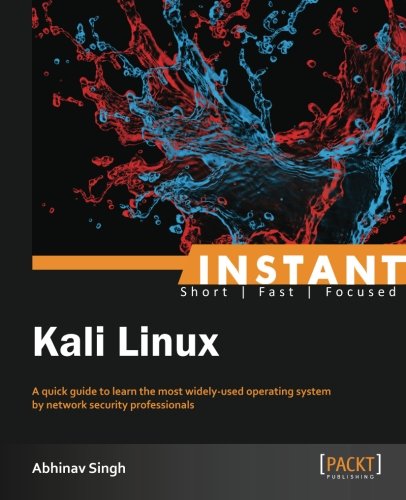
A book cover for Instant Kali Linux; Abhinav Singh; Computers & Technology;